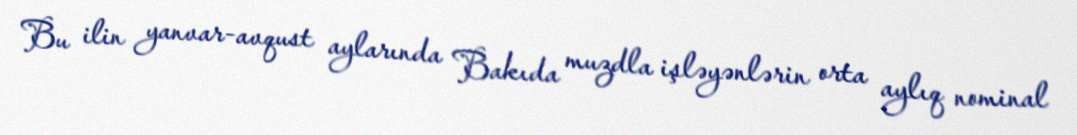
Bu ilin yanvar-avqust aylarında Bakıda muzdla işləyənlərin orta aylıq nominal